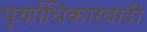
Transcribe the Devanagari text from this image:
पूर्णाधिकारवादी